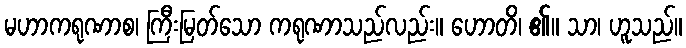
မဟာကရုဏာစ၊ ကြီးမြတ်သော ကရုဏာသည်လည်း။ ဟောတိ၊ ၏။ သာ၊ ဟူသည်။